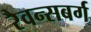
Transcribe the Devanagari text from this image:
रैवन्सबर्ग